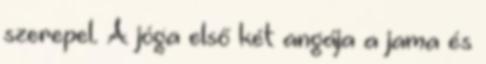
szerepel. A jóga első két angája a jama és